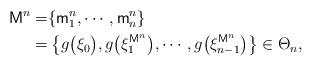
LaTeX: \begin{align*}\mathsf{M}^n=&\{\mathsf{m}^n_1,\cdots,\mathsf{m}^n_n\}\\=&\left\{g\bigl(\xi_0\bigr),g\bigl(\xi_1^{\mathsf{M}^n}\bigr),\cdots,g\bigl(\xi_{n-1}^{\mathsf{M}^n}\bigr)\right\}\in\Theta_n,\end{align*}